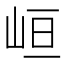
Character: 峘